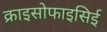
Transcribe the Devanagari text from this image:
क्राइसोफाइसिई